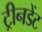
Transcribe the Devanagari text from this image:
ट्रीनडेंट